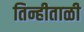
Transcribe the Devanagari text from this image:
तिन्हीताळी